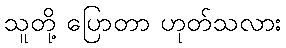
သူတို့ ပြောတာ ဟုတ်သလား